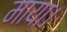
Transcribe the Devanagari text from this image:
माया।